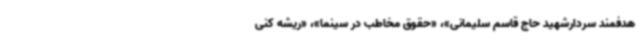
هدفمند سردارشهید حاج قاسم سلیمانی»، «حقوق مخاطب در سینما»، «ریشه کنی